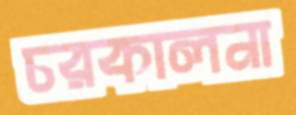
চরকালনা